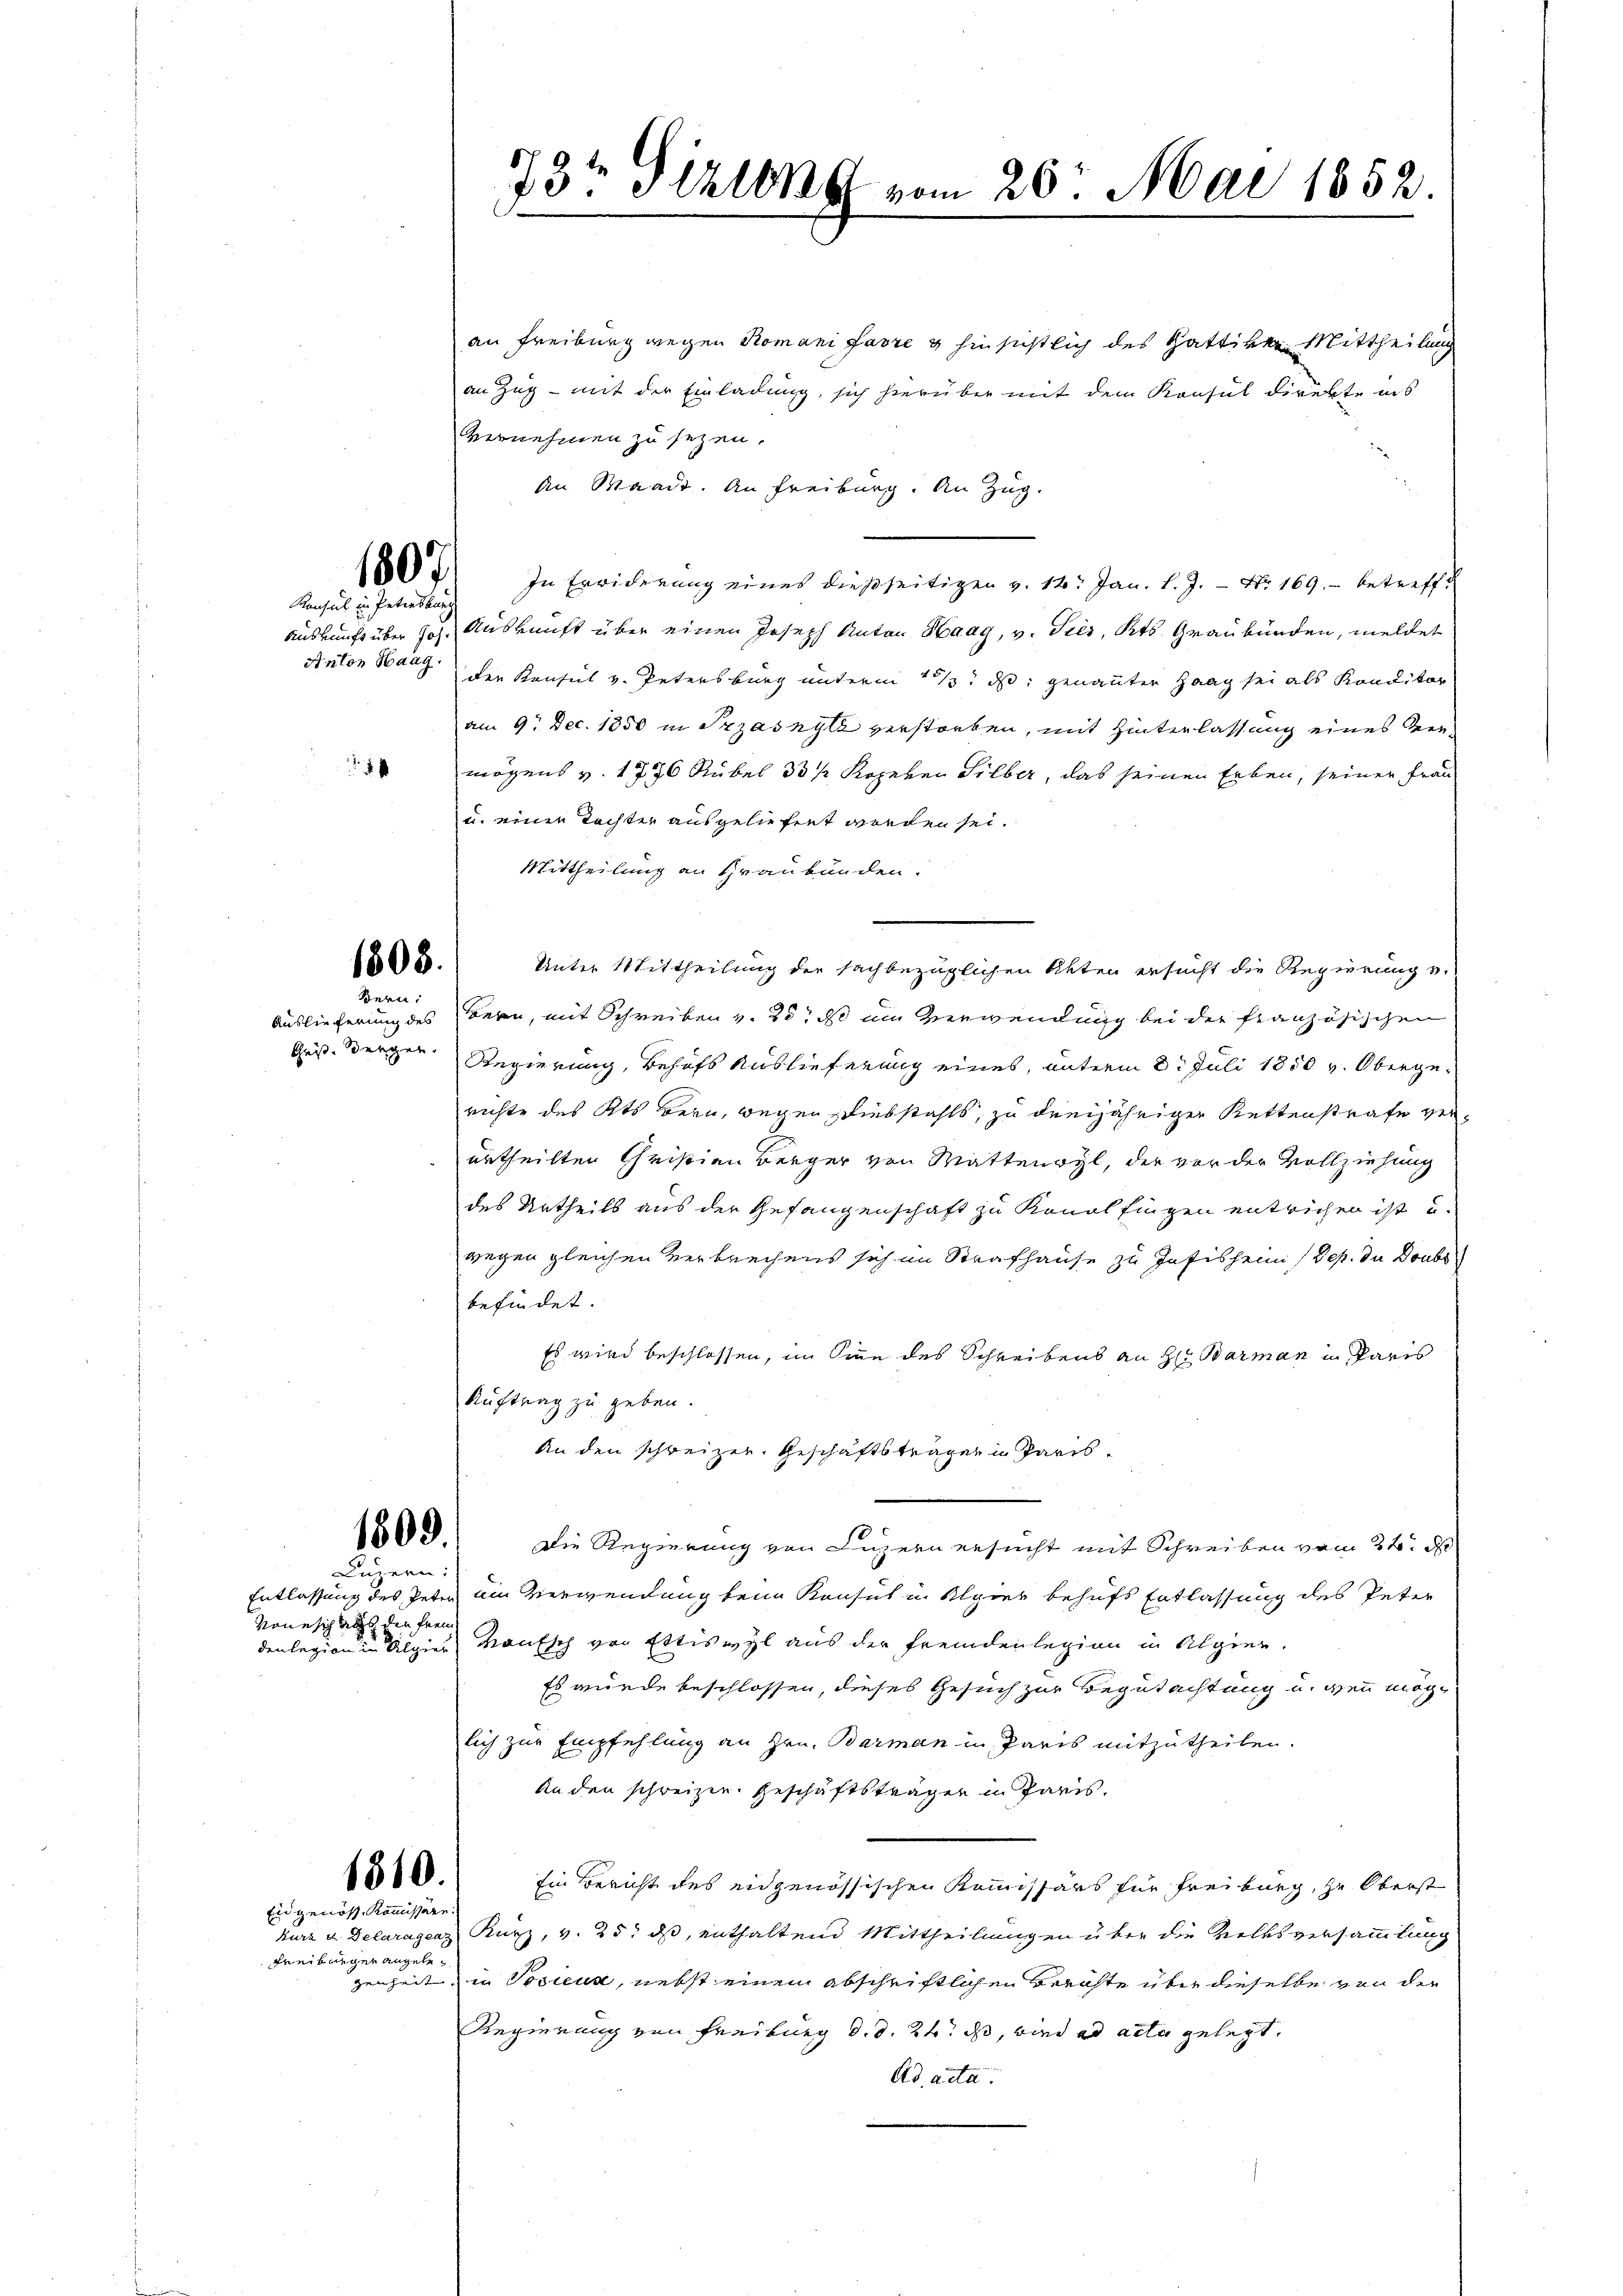
1807
Konsul in Petersburg

1

1808.
Bern:

1809.
Luzern:

vone sich aus den frem

an Freiburg wegen Romani farre & hinsichtlich des Gattiven Mittheilung
an Zug - mit der Einladung, sich hierüber mit dem Konsul direkte ins
vernehmen zu sezen.
An Waadt. An Freiburg. An Zug.
In Erwiderung eines dießseitigen v. 12. Jan. l. J. – Nr 169. betreffe
Auskunft über Joh. Auskunft über einen Joseph Anton Haag, v. Tier, Kts. Graubünden, meldet
Anton Haag der Konsul v. Petersburg unterm 13/3. ds. genannten Haag sei als Konditor
am 9. Dec. 1850 in Przasnyl verstorben, mit Hinterlassung eines Vermögens v. 1776 Rübel 33 / Kozeren Silber, das seinen Erben, seiner Frau
u. einen Tochten ausgeliefert worden sei.
Mittheilung an Graubünden.
Unter Mittheilung der sachbezüglichen Akten ersucht die Regierung u.
Auslieferung des Bern, mit Schreiben v. 20. ds im Verwendung bei der französischen
Gris. Berger Regierung, Behufs Auslieferung eines, unterm 8. Juli 1850 v. Obergerichte des Kts. Bern, wegen Diebstahls, zu dreijähriger Rettenstrafe verurtheilten Christian Berger von Mattenwyl, der vor der Vollziehung
des Urtheils aus der Gefangenschaft zu Konolfingen entrichen ist u.
wegen gleichen Verbrechens sich im Strafhause zu Jafischein (Dep. da Doubs
befindet.
Es wird beschlossen, im Sinn des Schreibens an H: Barman in Paris
Auftrag zu geben.
An den schweizer. Geschäftsträger in Paris¬
Die Regierung von Luzern ersucht mit Schreiben vom 22. d
Entlassung des Peter am Verwendung beim Konsul in Algier behufs Entlassung des Peter
denlegion eine an die eine einen Kautsch von Ettiswyl aus der Fremdenlegion in Algier.
Es wurde beschlossen, dieses Gesuch zur Begutachtung und wenn möge
lich zur Empfehlung an Hrn. Barman in Paris mitzutheilen.
Anden schweizen. Geschäftsträger in Paris.
Ein Bericht des eidgenössischen Kommissärs für Freiburg, zu Oberst
Kurz u. Delaraganz Kurz, v. 25. ds, enthaltend Mittheilungen über die Volksversammlung
genheit in Vosicus, nebst einem abschriftlichen Berichte über dieselbe von der
Regierung von Freiburg d. d. 24. ds, wird ad acta gelegt.
Ad acta.

1810.
Ein genöss. Kommissäre.

Freiburger angele¬

73t Gizung vom 20. Mai 1852.